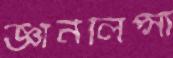
জ্ঞানলিপ্সা